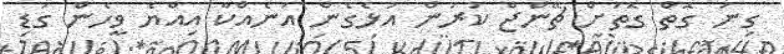
ގިނަ ގޮތް ގޮތަށް ޗޭންޖް ކުރަން އުޅެގެން އަނެއްކާ އިއްޔެ ވީހެން ގަޑި